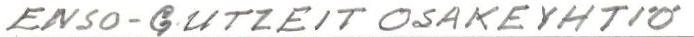
ENSO-GUTZEIT OSAKEYHTIÖ